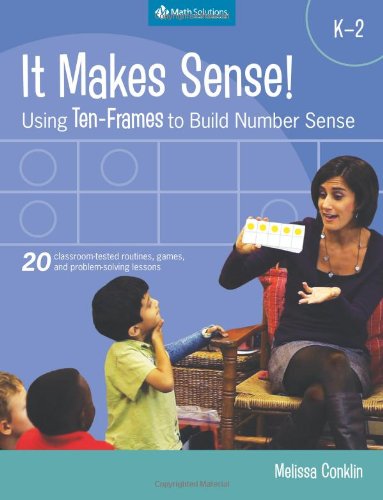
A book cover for It Makes Sense!: Using Ten-frames to Build Number Sense, Grades K-2; Melissa Conklin; Science & Math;